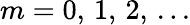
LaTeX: m=0,\, 1,\, 2,\, ...